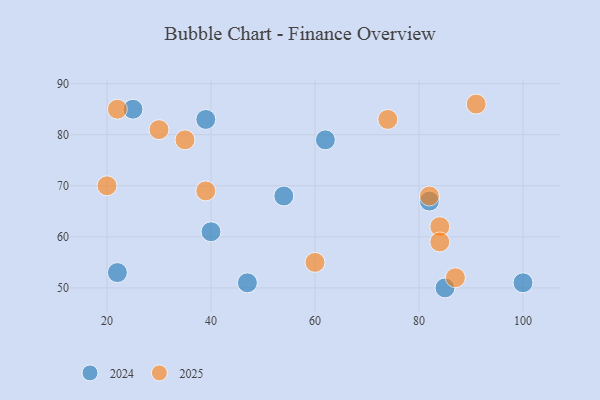
{"axis": {"x": "GDP", "y": "Life Expectancy"}, "legend": ["2024", "2025"], "data": [{"x": "74", "y": 83, "type": "2025"}, {"x": "87", "y": 52, "type": "2025"}, {"x": "82", "y": 68, "type": "2025"}, {"x": "91", "y": 86, "type": "2025"}, {"x": "60", "y": 55, "type": "2025"}, {"x": "84", "y": 62, "type": "2025"}, {"x": "22", "y": 85, "type": "2025"}, {"x": "35", "y": 79, "type": "2025"}, {"x": "20", "y": 70, "type": "2025"}, {"x": "84", "y": 59, "type": "2025"}, {"x": "30", "y": 81, "type": "2025"}, {"x": "39", "y": 69, "type": "2025"}, {"x": "82", "y": 67, "type": "2024"}, {"x": "62", "y": 79, "type": "2024"}, {"x": "47", "y": 51, "type": "2024"}, {"x": "22", "y": 53, "type": "2024"}, {"x": "100", "y": 51, "type": "2024"}, {"x": "40", "y": 61, "type": "2024"}, {"x": "25", "y": 85, "type": "2024"}, {"x": "39", "y": 83, "type": "2024"}, {"x": "54", "y": 68, "type": "2024"}, {"x": "85", "y": 50, "type": "2024"}]}